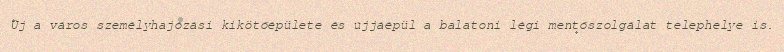
Új a város személyhajózási kikötőépülete és újjáépül a balatoni légi mentőszolgálat telephelye is.